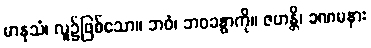
မာနုသံ၊ လူ၌ဖြစ်သော။ ဘဝံ၊ ဘဝခန္ဓာကို။ ဇဟန္တိ၊ ခဏမနား